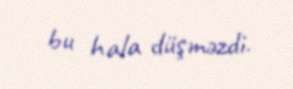
bu hala düşməzdi.